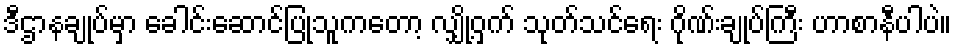
ဒီဌာနချုပ်မှာ ခေါင်းဆောင်ပြုသူကတော့ လျှို့ဝှက် သုတ်သင်ရေး ဂိုဏ်းချုပ်ကြီး ဟာစာနီပါပဲ။